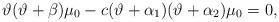
LaTeX: \begin{gather*}\vartheta ( \vartheta+\beta ) \mu_{0}-c ( \vartheta+\alpha_{1} ) ( \vartheta+\alpha_{2} ) \mu_{0}=0, \end{gather*}